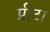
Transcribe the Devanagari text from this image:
प्रीटा